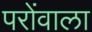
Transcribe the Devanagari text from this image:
परोंवाला